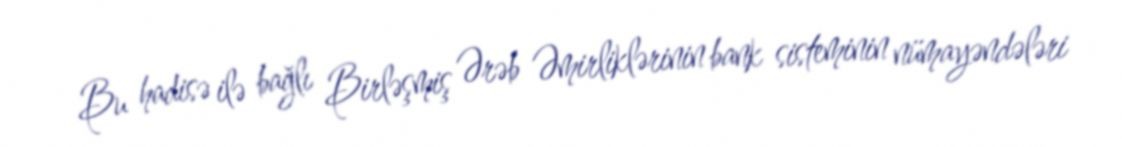
Bu hadisə ilə bağlı Birləşmiş Ərəb Əmirliklərinin bank sisteminin nümayəndələri